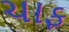
ચાફ